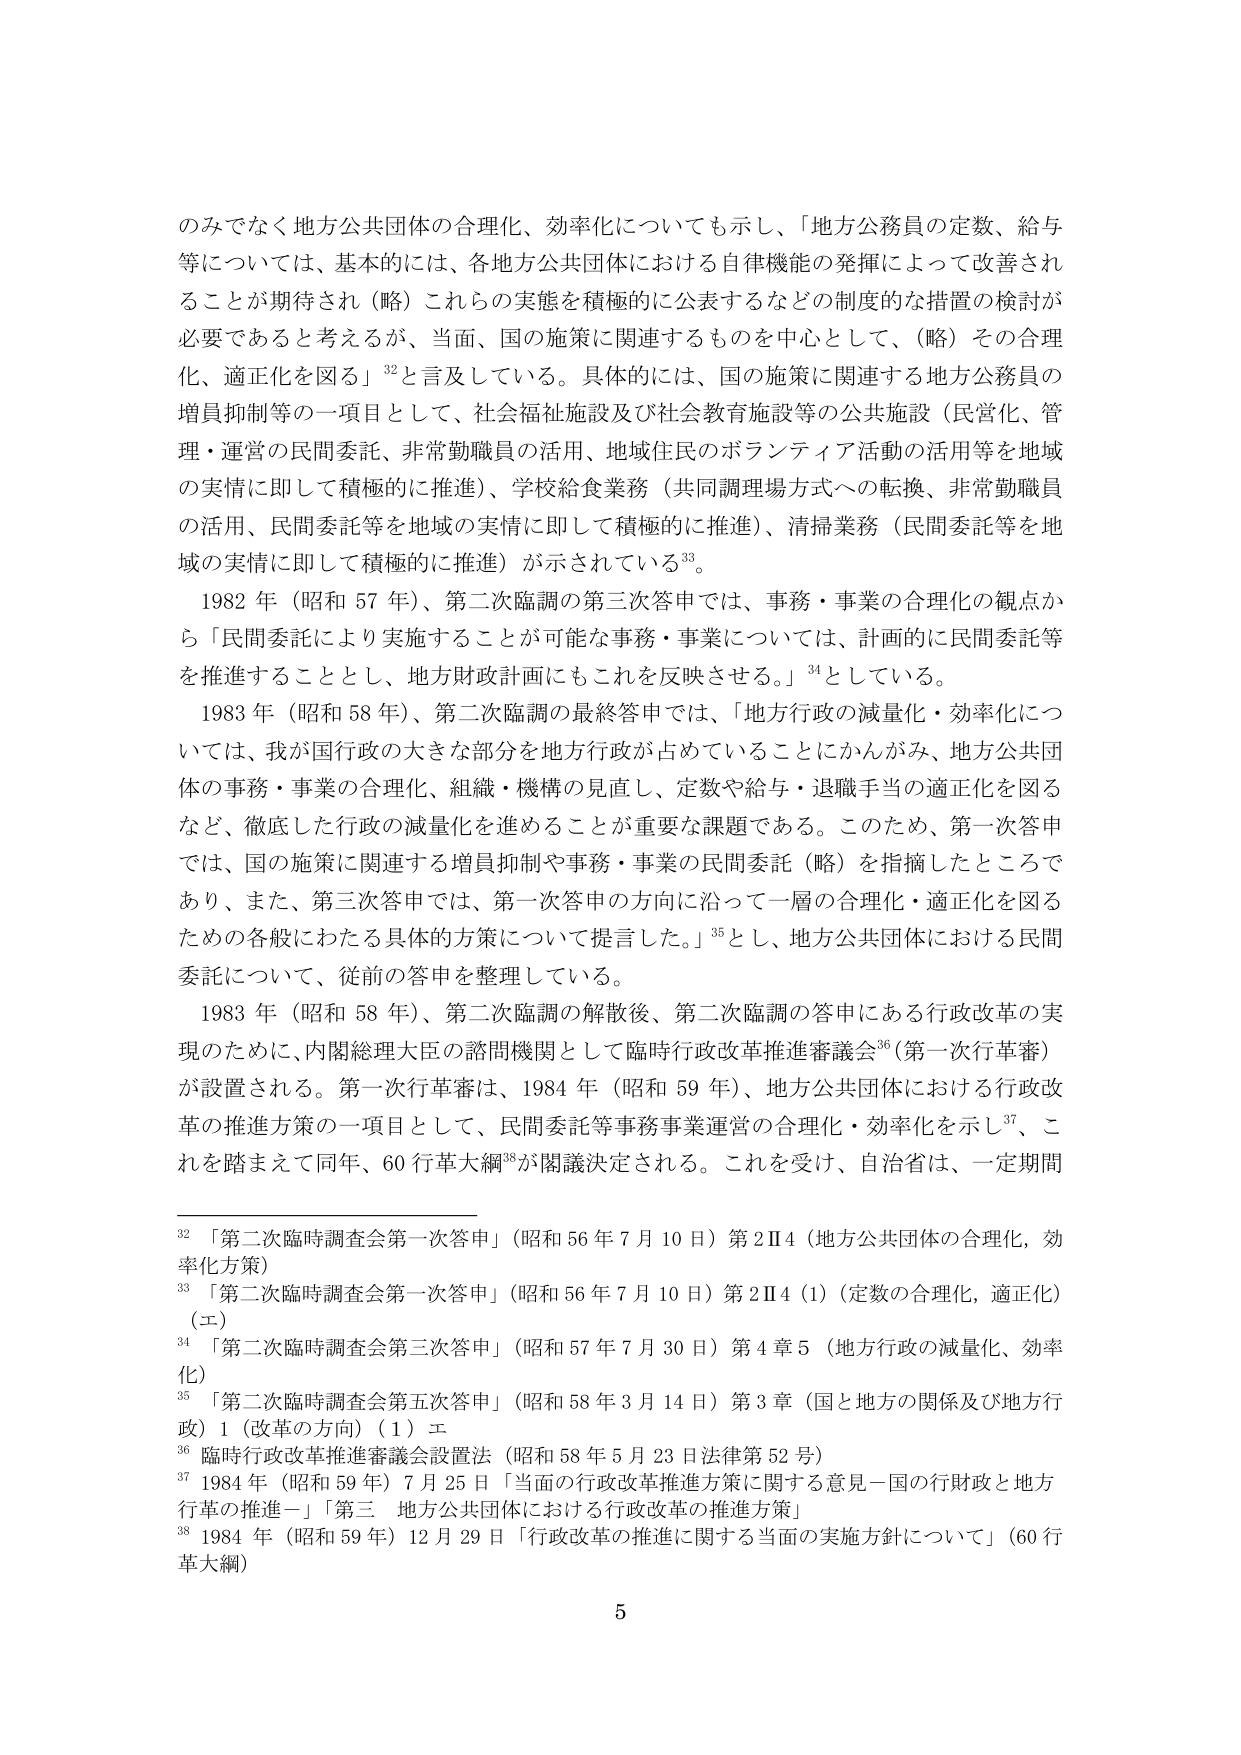
のみでなく地方公共団体の合理化、効率化についても示し、「地方公務員の定数、給与等については、基本的には、各地方公共団体における自律機能の発揮によって改善されることが期待され（略）これらの実態を積極的に公表するなどの制度的な措置の検討が必要であると考えるが、当面、国の施策に関連するものを中心として、（略）その合理化、適正化を図る」32と言及している。具体的には、国の施策に関連する地方公務員の増員抑制等の一項目として、社会福祉施設及び社会教育施設等の公共施設（民営化、管理・運営の民間委託、非常勤職員の活用、地域住民のボランティア活動の活用等を地域の実情に即して積極的に推進）、学校給食業務（共同調理場方式への転換、非常勤職員の活用、民間委託等を地域の実情に即して積極的に推進）、清掃業務（民間委託等を地域の実情に即して積極的に推進）が示されている33。

1982年（昭和57年）、第二次臨調の第三次答申では、事務・事業の合理化の観点から「民間委託により実施することが可能な事務・事業については、計画的に民間委託等を推進することとし、地方財政計画にもこれを反映させる。」34としている。

1983年（昭和58年）、第二次臨調の最終答申では、「地方行政の減量化・効率化については、我が国行政の大きな部分を地方行政が占めていることにかんがみ、地方公共団体の事務・事業の合理化、組織・機構の見直し、定数や給与・退職手当の適正化を図るなど、徹底した行政の減量化を進めることが重要な課題である。このため、第一次答申では、国の施策に関連する増員抑制や事務・事業の民間委託（略）を指摘したところであり、また、第三次答申では、第一次答申の方向に沿って一層の合理化・適正化を図るための各般にわたる具体的方策について提言した。」35とし、地方公共団体における民間委託について、従前の答申を整理している。

1983年（昭和58年）、第二次臨調の解散後、第二次臨調の答申にある行政改革の実現のために、内閣総理大臣の諮問機関として臨時行政改革推進審議会36（第一次行革審）が設置される。第一次行革審は、1984年（昭和59年）、地方公共団体における行政改革の推進方策の一項目として、民間委託等事務事業運営の合理化・効率化を示し37、これを踏まえて同年、60行革大綱38が閣議決定される。これを受けて、自治省は、一定期間

32 「第二次臨時調査会第一次答申」（昭和56年7月10日）第2Ⅱ4（地方公共団体の合理化、効率化方策）

33 「第二次臨時調査会第一次答申」（昭和56年7月10日）第2Ⅱ4（1）（定数の合理化、適正化）（エ）

34 「第二次臨時調査会第三次答申」（昭和57年7月30日）第4章5（地方行政の減量化、効率化）

35 「第二次臨時調査会第五次答申」（昭和58年3月14日）第3章（国と地方の関係及び地方行政）1（改革の方向）（1）エ

36 臨時行政改革推進審議会設置法（昭和58年5月23日法律第52号）

37 1984年（昭和59年）7月25日「当面の行政改革推進方策に関する意見－国の行政財と地方行革の推進－」「第三 地方公共団体における行政改革の推進方策」

38 1984年（昭和59年）12月29日「行政改革の推進に関する当面の実施方針について」（60行革大綱）

5